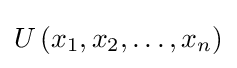
U\left(x_{1},x_{2},\dots ,x_{n}\right)